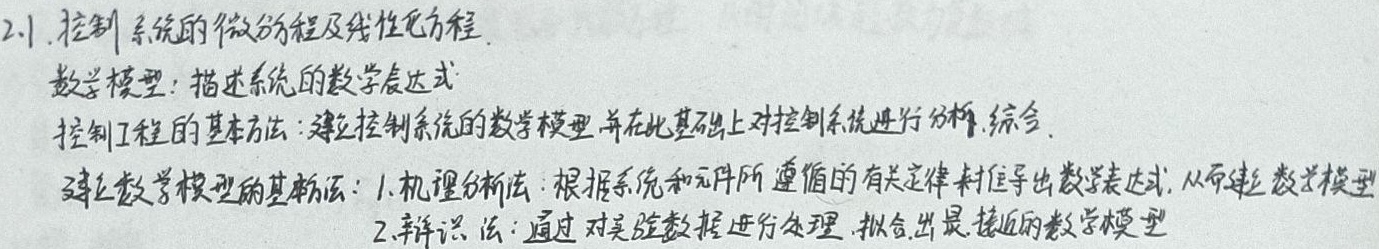
2.1. 控制系统的微分方程及线性化方程数学模型：描述系统的数学表达式
控制工程的基本方法：建立控制系统的数学模型并在此基础上对控制系统进行分析、综合。
建立数学模型的基本方法：
1. 机理分析法：根据系统和元件所遵循的有关定律来推导出数学表达式，从而建立数学模型
2. 辨识法：通过对实验数据进行处理，拟合出最接近的数学模型